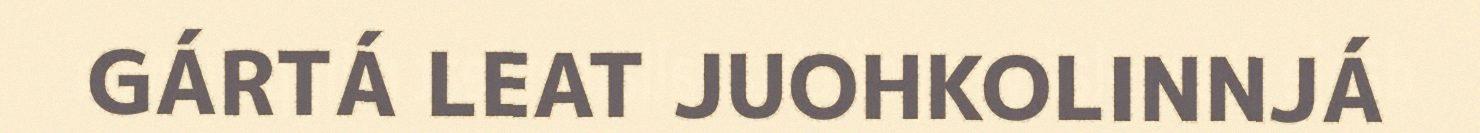
GÁRTÁ LEAT JUOHKOLINNJÁ